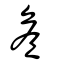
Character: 詹